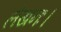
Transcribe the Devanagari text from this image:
लेखनः।